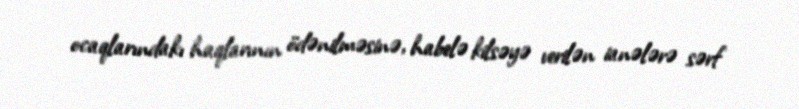
ocaqlarındakı haqlarının ödənilməsinə, habelə kilsəyə verilən ianələrə sərf